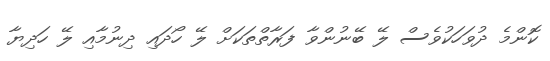
ކޮންމެ ދުވަހަކުވެސް ލޭ ބޭނުންވާ ފަރާތްތަކަށް ލޭ ހޯދައި ދިނުމާއި ލޭ ހަދިޔާ